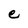
Character: e